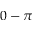
0 - \pi